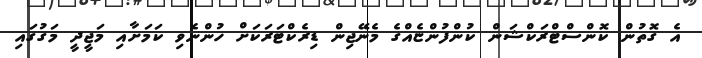
އެ ގޮތުން ކޮންސްޓްރަކްޝަން ކުންފުންޏެއްގެ މެނޭޖިން ޑިރެކްޓަރަކަށް ހުންނެވި ކަމަށާއި މަޖީދީ މަގުގައި